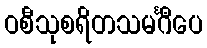
ဝစီသုစရိတသမင်္ဂီပေ